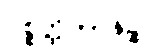
ပစ္စတ္ထိကာနဉ္စ